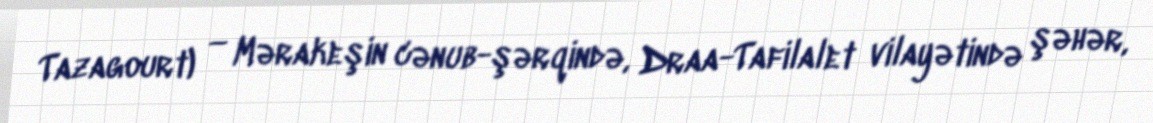
Tazagourt) — Mərakeşin cənub-şərqində, Draa-Tafilalet vilayətində şəhər,